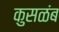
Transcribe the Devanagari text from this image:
कुसळंब